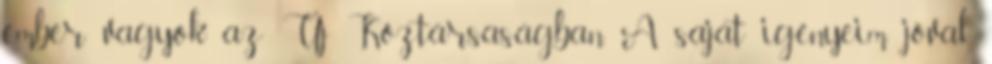
ember vagyok az Új Köztársaságban. A saját igényeim jóval